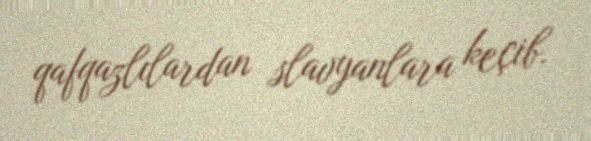
qafqazlılardan slavyanlara keçib.